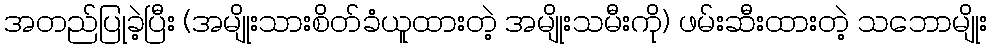
အတည်ပြုခဲ့ပြီး (အမျိုးသားစိတ်ခံယူထားတဲ့ အမျိုးသမီးကို) ဖမ်းဆီးထားတဲ့ သဘောမျိုး